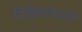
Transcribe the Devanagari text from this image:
पिहिलापाउल